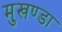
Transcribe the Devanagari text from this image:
मुखण्डा